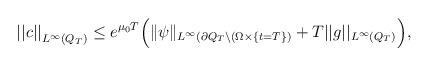
LaTeX: \begin{align*}{||c ||}_{L^{\infty }(Q_T)}\le e^{\mu_0T}\Big(\|\psi\|_{L^{\infty }(\partial Q_T\setminus(\Omega\times\{t=T\})}+T||g ||_{L^\infty(Q_T)}\Big),\end{align*}